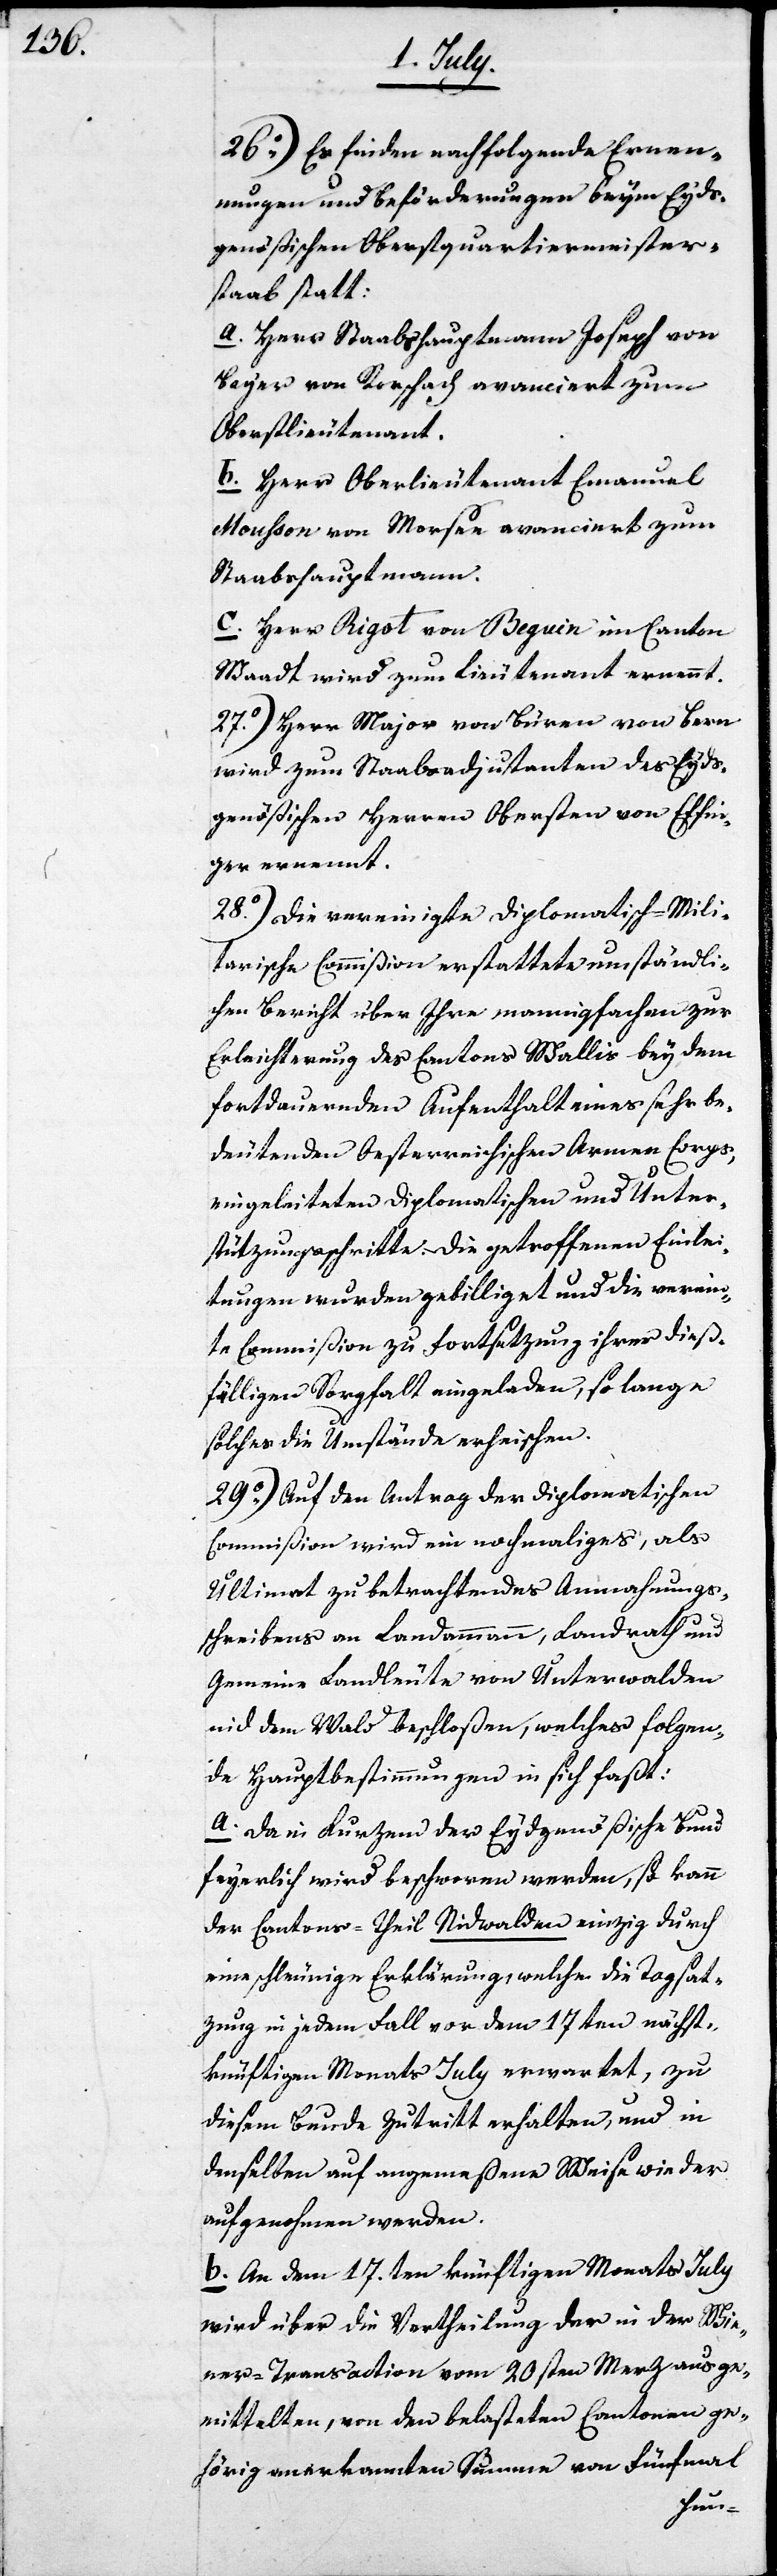
26o) Es finden nachfolgende Ernen¬
nungen und Beförderungen beym Eyds¬
genößischen Oberstquartiermeister¬
staab statt:
a. Herr Staabsadjutant Joseph von
Bayer von Rorschach avanciert zum
Oberstlieutenant.
b. Herr Oberlieutenant Emanuel
Mousson von Morsen avanciert zum
Staabshauptmann.
c. Herr Rigot von Beguin im Canton
Waadt wird zum Lieutenant ernannt.
27o) Herr Major von Büren von Bern
wird zum Staabsadjutanten des Eyds¬
genößischen Herren Obersten von Effin¬
ger ernannt.
28o) Die vereinigte Diplomatisch-Mili¬
tarische Commißion erstattete umständli¬
chen Bericht über Ihre mannigfachen zur
Erleichterung des Cantons Wallis bey dem
fortdauernden Aufenthalt eines sehr be¬
deutenden Oesterreichischen Armee Corps,
eingeleiteten Diplomatischen und Unter¬
stützungsschritte. Die getroffenen Einlei¬
tungen wurden gebilliget und die verein¬
te Commißion zu Fortsetzung ihrer dieß¬
fälligen Sorgfalt eingeladen, so lange
solches die Umstände erheischen.
29o) Auf den Antrag der Diplomatischen
Commißion wird ein nochmaliges, als
Ultimat zu betrachtendes Anmahnungs¬
schreibens an Landammann, Landrath und
Gemeine Landleute von Unterwalden
nid dem Wald beschloßen, welches folgen¬
de Hauptbestimmungen in sich faßt:
a. Da in Kurzem der Eydgenößische Bund
feyerlich wird beschworen werden, so kann
der Cantons-Theil Nidwalden einzig durch
eine schleunige Erklärung, welche die Tagsat¬
zung in jedem Fall vor dem 17ten nächst¬
künftigen Monats July erwartet, zu
diesem Bunde Zutritt erhalten, und in
denselben auf angemeßene Weise wieder
aufgenohmen werden.
b. An dem 17.ten künftigen Monats July
wird über die Vertheilung der in der Wie¬
ner-Transaction vom 20sten Merz ausge¬
mittelten, von den belasteten Cantonen ge¬
hörig anerkannten Summe von fünfmal